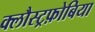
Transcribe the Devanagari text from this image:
क्लौस्ट्रफ़ोबिया